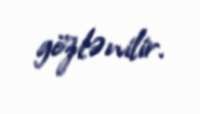
gözlənilir.